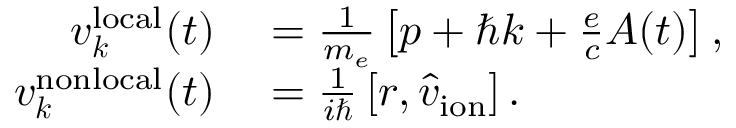
\begin{array} { r l } { \boldsymbol v _ { \boldsymbol k } ^ { \mathrm { l o c a l } } ( t ) } & { { } = \frac { 1 } { m _ { e } } \left[ \boldsymbol p + \hbar \boldsymbol k + \frac { e } { c } \boldsymbol A ( t ) \right] , } \\ { \boldsymbol v _ { \boldsymbol k } ^ { \mathrm { n o n l o c a l } } ( t ) } & { { } = \frac { 1 } { i \hbar } \left[ \boldsymbol r , \hat { v } _ { \mathrm { i o n } } \right] . } \end{array}